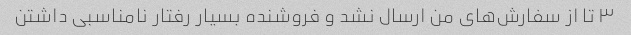
۳ تا از سفارش‌های من ارسال نشد و فروشنده بسیار رفتار نامناسبی داشتن